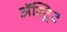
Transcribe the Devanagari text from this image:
ॲस्ट्रिट